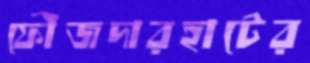
ফৌজদারহাটের